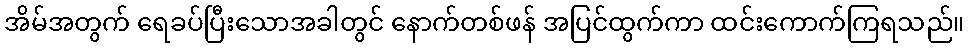
အိမ်အတွက် ရေခပ်ပြီးသောအခါတွင် နောက်တစ်ဖန် အပြင်ထွက်ကာ ထင်းကောက်ကြရသည်။